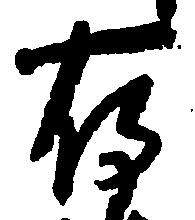
存